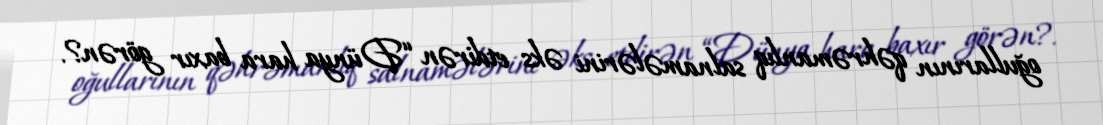
oğullarının qəhrəmanlıq salnamələrini əks etdirən “Dünya hara baxır görən?.